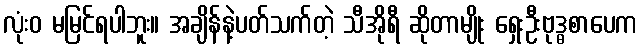
လုံးဝ မမြင်ရပါဘူး။ အချိန်နဲ့ပတ်သက်တဲ့ သီအိုရီ ဆိုတာမျိုး ရှေးဦးဗုဒ္ဓစာပေက